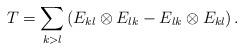
LaTeX: \begin{align*}T = \sum_{k>l} \left(E_{kl}\otimes E_{lk} - E_{lk}\otimes E_{kl}\right). \end{align*}